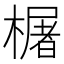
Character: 𬄫